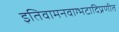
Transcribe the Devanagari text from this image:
इतिवामनवाग्भटादिप्रणीत